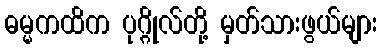
ဓမ္မကထိက ပုဂ္ဂိုလ်တို့ မှတ်သားဖွယ်များ